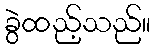
ခွဲထည့်သည်။